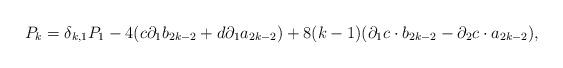
LaTeX: \begin{align*}P_{k}=\delta_{k,1}P_1-4(c{\partial}_{1}b_{2k-2}+d{\partial}_{1}a_{2k-2})+8(k-1)({\partial}_{1} c \cdot b_{2k-2}-{\partial}_{2} c \cdot a_{2k-2}),\end{align*}